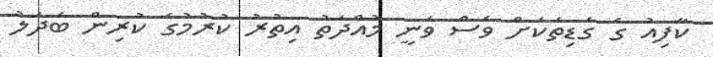
ކާފިއު ގެ ގަޑިތަކަށް ވެސް ވަނީ މުއްދަތު އިތުރު ކުރުމުގެ ކުރިން ބަދަލު